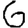
Digit: 6